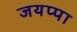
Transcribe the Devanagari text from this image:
जयप्पा